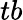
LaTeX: tb